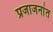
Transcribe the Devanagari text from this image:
प्रजाजनांत